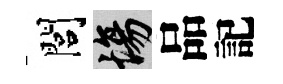
閭場品記